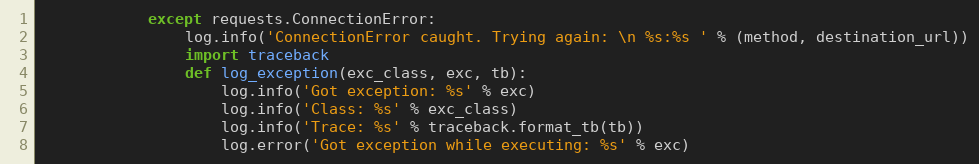
Language: Python
            except requests.ConnectionError:
                log.info('ConnectionError caught. Trying again: \n %s:%s ' % (method, destination_url))
                import traceback
                def log_exception(exc_class, exc, tb):
                    log.info('Got exception: %s' % exc)
                    log.info('Class: %s' % exc_class)
                    log.info('Trace: %s' % traceback.format_tb(tb))
                    log.error('Got exception while executing: %s' % exc)